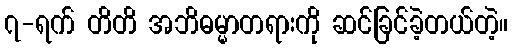
၇-ရက် တိတိ အဘိဓမ္မာတရားကို ဆင်ခြင်ခဲ့တယ်တဲ့။